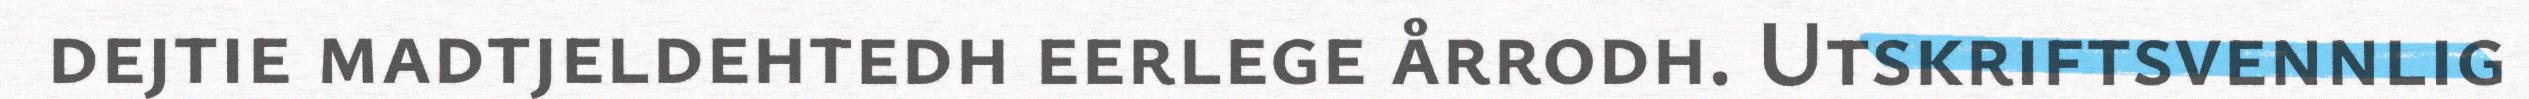
dejtie madtjeldehtedh eerlege årrodh. Utskriftsvennlig